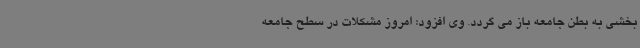
بخشی به بطن جامعه باز می گردد. وی افزود: امروز مشکلات در سطح جامعه